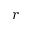
r